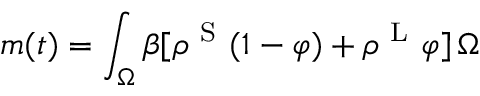
m ( t ) = \int _ { \Omega } \beta [ \rho ^ { \mathrm { ~ S ~ } } ( 1 - \varphi ) + \rho ^ { \mathrm { ~ L ~ } } \varphi ] \, \d \Omega